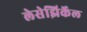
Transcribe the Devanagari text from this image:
लेसेझिर्केल